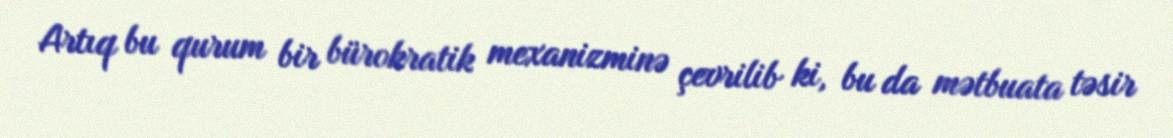
Artıq bu qurum bir bürokratik mexanizminə çevrilib ki, bu da mətbuata təsir